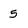
Character: 5